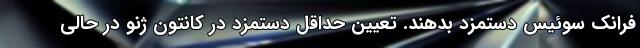
فرانک سوئیس دستمزد بدهند. تعیین حداقل دستمزد در کانتون ژنو در حالی